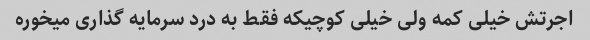
اجرتش خیلی کمه ولی خیلی کوچیکه فقط به درد سرمایه گذاری میخوره